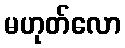
မဟုတ်လော